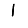
Digit: 1